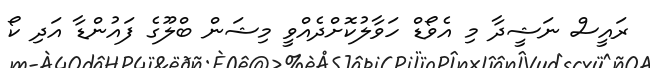
ރައީސް ނަޝީދާ މި އެވޯޑް ހަވާލުކޮށްދެއްވީ މިޝަން ބްލޫގެ ފައުންޑާ އަދި ކޯ